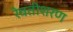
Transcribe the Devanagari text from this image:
रेवतीशरण